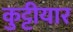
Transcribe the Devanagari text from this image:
कुट्टीयार